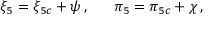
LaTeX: { \xi } _ { 5 } = { \xi } _ { 5 c } + \psi \, , ~ ~ ~ ~ ~ { \pi } _ { 5 } = { \pi } _ { 5 c } + \chi \, ,